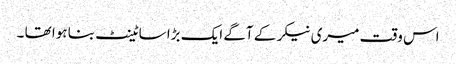
اس وقت میری نیکر کے آگے ایک بڑا سا ٹینٹ بنا ہوا تھا ۔